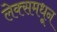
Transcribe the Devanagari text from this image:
लेक्समधून